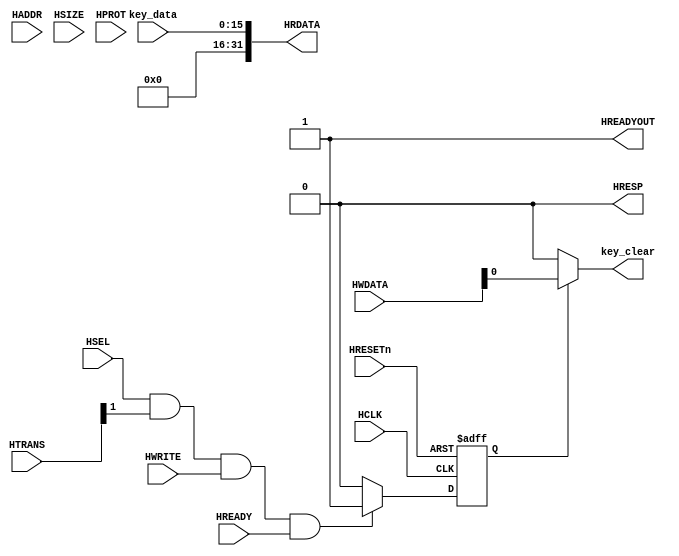
module AHBlite_Keyboard(
    input wire        HCLK,
    input wire        HRESETn,
    input wire        HSEL,
    input wire [31:0] HADDR,
    input wire [1:0]  HTRANS,
    input wire [2:0]  HSIZE,
    input wire [3:0]  HPROT,
    input wire        HWRITE,
    input wire [31:0] HWDATA,
    input wire        HREADY,
    output wire       HREADYOUT,
    output wire[31:0] HRDATA,
    output wire       HRESP,
    
    input wire [15:0] key_data,
    output wire       key_clear
    );
 

assign HRESP=1'b0;
assign HREADYOUT=1'b1;
 
 wire write_en;
 assign write_en=HSEL & HTRANS[1] & HWRITE & HREADY;

reg wr_en_reg;
always@(posedge HCLK or negedge HRESETn)
    begin
     if(~HRESETn)
     wr_en_reg<=1'b0;
     else if(write_en)
     wr_en_reg<=1'b1;
     else
     wr_en_reg<=1'b0;
    end

    assign key_clear=wr_en_reg? HWDATA[0]:1'b0;
    assign HRDATA={16'h0,key_data};
    endmodule